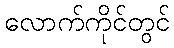
လောက်ကိုင်တွင်